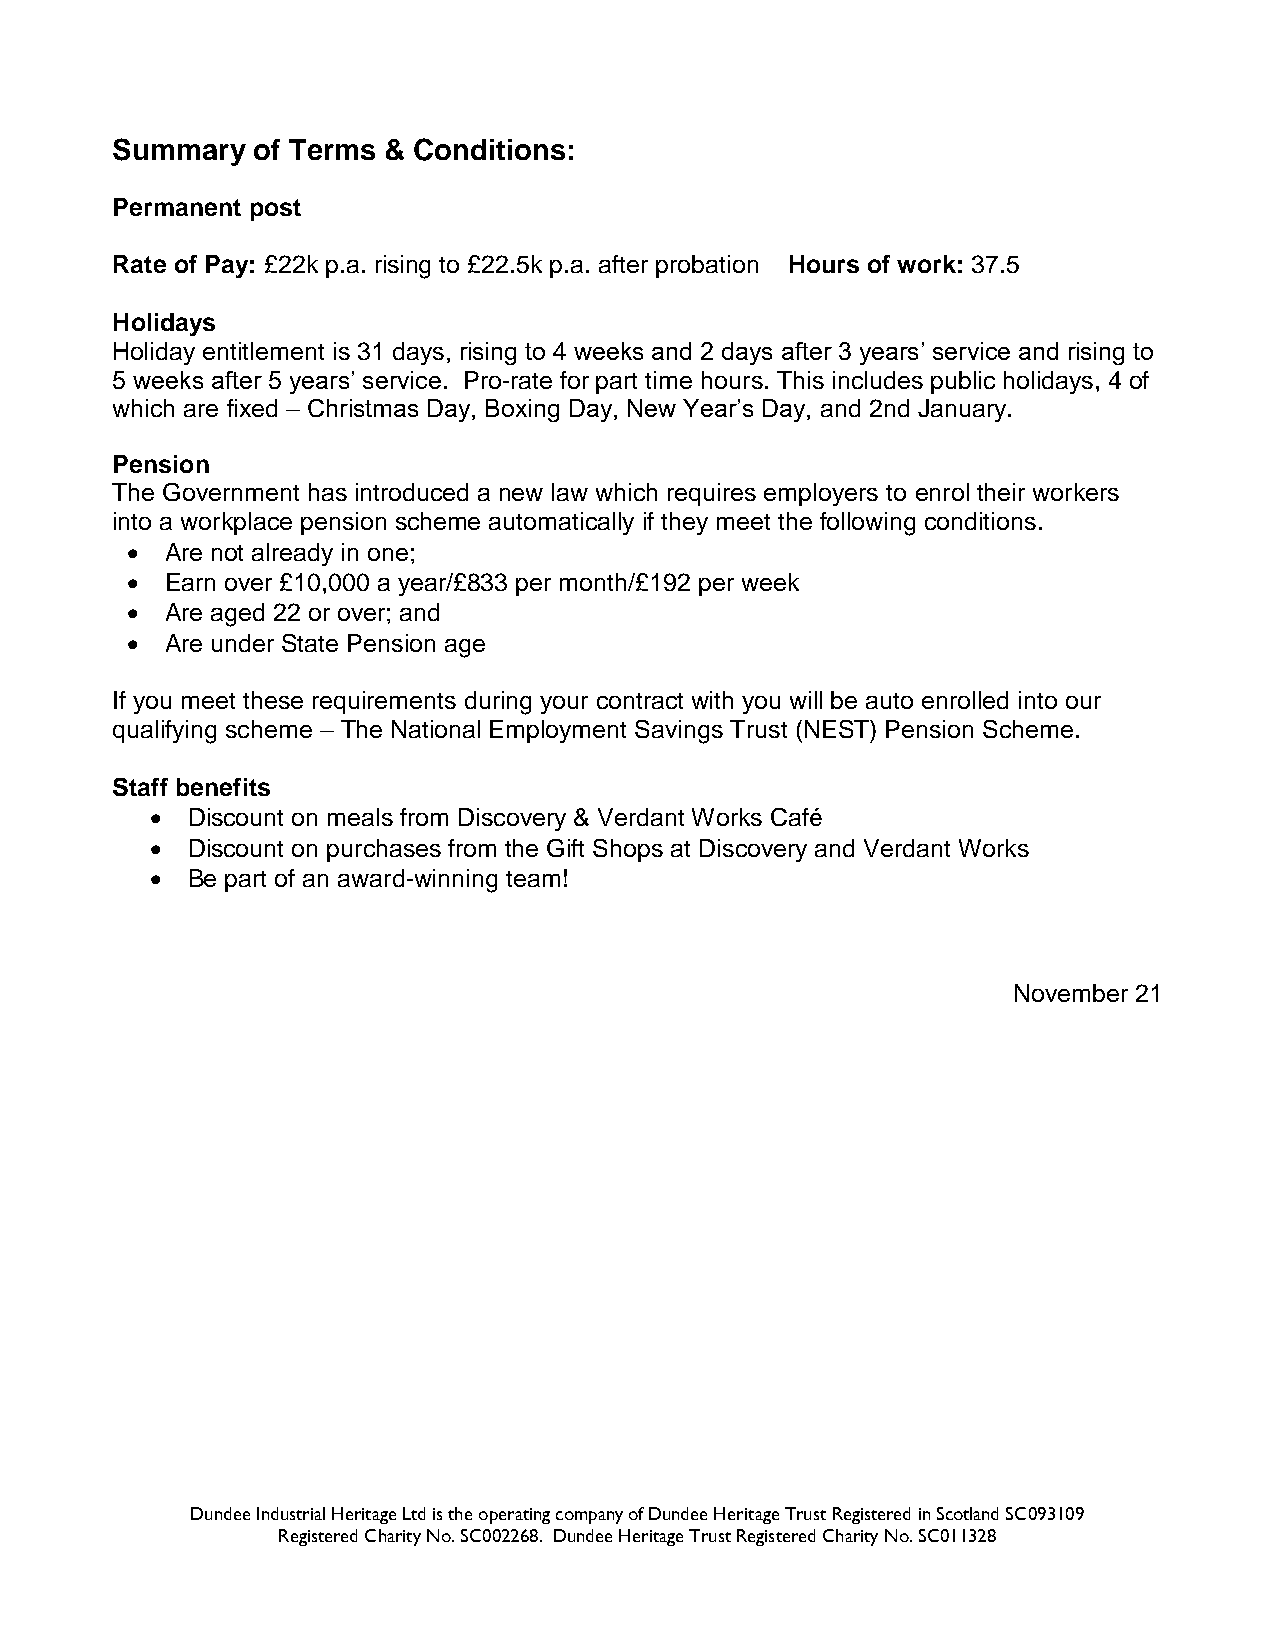
Summary   of Terms & Conditions:
 Permanent post
 Rate of Pay: £22k p.a. rising to £22.5k p.a. after probation Hours of work: 37.5
 Holidays
 Holiday entitlement is 31 days, rising to 4 weeks and 2 days after 3 years’ service and rising to
 5 weeks after 5 years’ service. Pro-rate for part time hours. This includes public holidays, 4 of
 which are fixed – Christmas Day, Boxing Day, New Year’s Day, and 2nd January.
 Pension
 The Government has introduced a new law which requires employers to enrol their workers
 into a workplace pension scheme automatically if they meet the following conditions.
   Are not already in one;
   Earn over £10,000 a year/£833 per month/£192 per week
   Are aged 22 or over; and
   Are under State Pension age
 If you meet these requirements during your contract with you will be auto enrolled into our
 qualifying scheme – The National Employment Savings Trust (NEST) Pension Scheme.
 Staff benefits
  Discount on meals from Discovery & Verdant Works Café
  Discount on purchases from the Gift Shops at Discovery and Verdant Works
  Be part of an award-winning team!
 November 21
 Dundee Industrial Heritage Ltd is the operating company of Dundee Heritage Trust Registered in Scotland SC093109
 Registered Charity No. SC002268. Dundee Heritage Trust Registered Charity No. SC011328